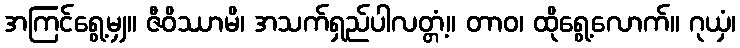
အကြင်ရွေ့မျှ။ ဇီဝိဿာမိ၊ အသက်ရှည်ပါလတ္တံ့။ တာဝ၊ ထိုရွေ့လောက်။ ဂုယှံ၊